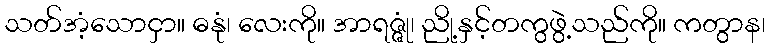
သတ်အံ့သောငှာ။ ဓနုံ၊ လေးကို။ အာရဇ္ဇုံ၊ ညို့နှင့်တကွဖွဲ့သည်ကို။ ကတွာန၊